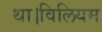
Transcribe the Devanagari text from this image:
था।विलियम